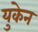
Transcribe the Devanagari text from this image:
युकेन